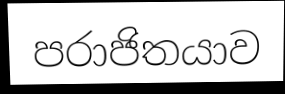
පරාජිතයාව